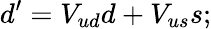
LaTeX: d^{\prime}=V_{ud}d+V_{us}s;